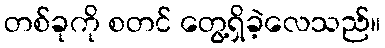
တစ်ခုကို စတင် တွေ့ရှိခဲ့လေသည်။